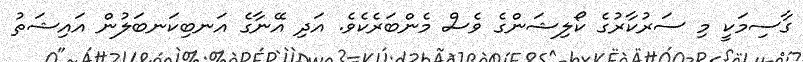
ގާސިމަކީ މި ސަރުކާރުގެ ކޯލިޝަންގެ ވެސް މެންބަރެކެވެ. އަދި އޭނާގެ އަނބިކަނބަލުން އައިޝަތު